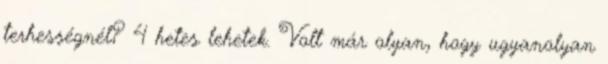
terhességnél? 4 hetes lehetek. Volt már olyan, hogy ugyanolyan